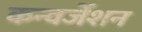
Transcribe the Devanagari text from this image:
कन्वर्जेशन